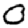
Digit: 0